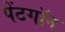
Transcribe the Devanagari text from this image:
पेंटगॉन